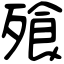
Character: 飱